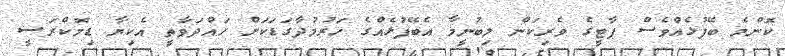
ކޮންމެ ބޭފުޅެއްވެސް ޕާޓީގެ ވެރިކަން ލިބުނީމާ އެބޭފުޅެއްގެ ހަރުމުދާގަޑަކަށް ހައްދަވާތީ އެކިޔާ ޑިމޮކްރަސީ